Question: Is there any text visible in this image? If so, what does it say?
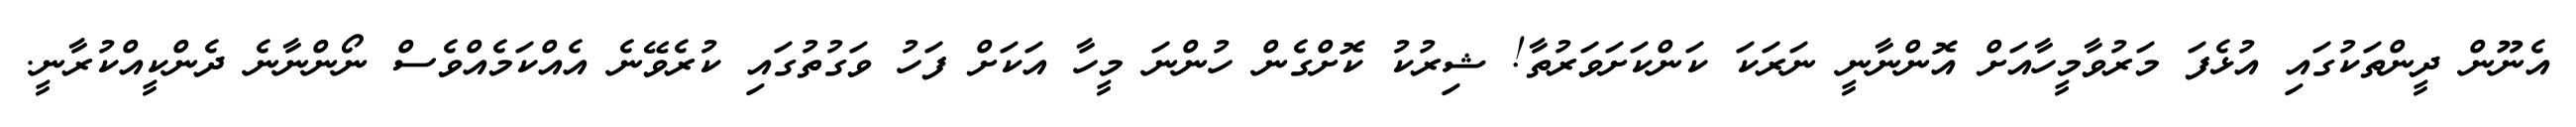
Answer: އެނޫން ދީންތަކުގައި އުޅެފަ މަރުވާމީހާއަށް އޮންނާނީ ނަރަކަ ކަންކަށަވަރުތާ! ޝިރުކު ކޮށްގެން ހުންނަ މީހާ އަކަށް ފަހު ވަގުތުގައި ކުރެވޭނެ އެއްކަމެއްވެސް ނޯންނާނެ ދެންކީއްކުރާނީ.